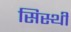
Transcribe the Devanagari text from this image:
सिस्थी